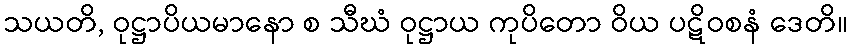
သယတိ, ဝုဋ္ဌာပိယမာနော စ သီဃံ ဝုဋ္ဌာယ ကုပိတော ဝိယ ပဋိဝစနံ ဒေတိ။